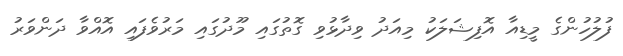
ފުލުހުންގެ މީޑިއާ އޮފިޝަލަކު މިއަދު ވިދާޅުވި ގޮތުގައި މޫދުގައި މަރުވެފައި އޮއްވާ ދަންވަރު